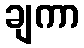
ချကာ